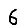
Digit: 6